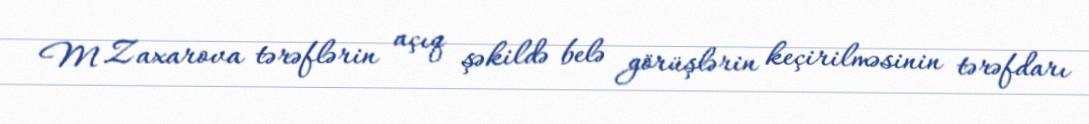
M.Zaxarova tərəflərin açıq şəkildə belə görüşlərin keçirilməsinin tərəfdarı